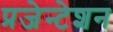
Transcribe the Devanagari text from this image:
प्रजेन्टेशन